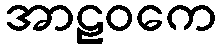
အာဠဝကေ